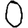
Digit: 0